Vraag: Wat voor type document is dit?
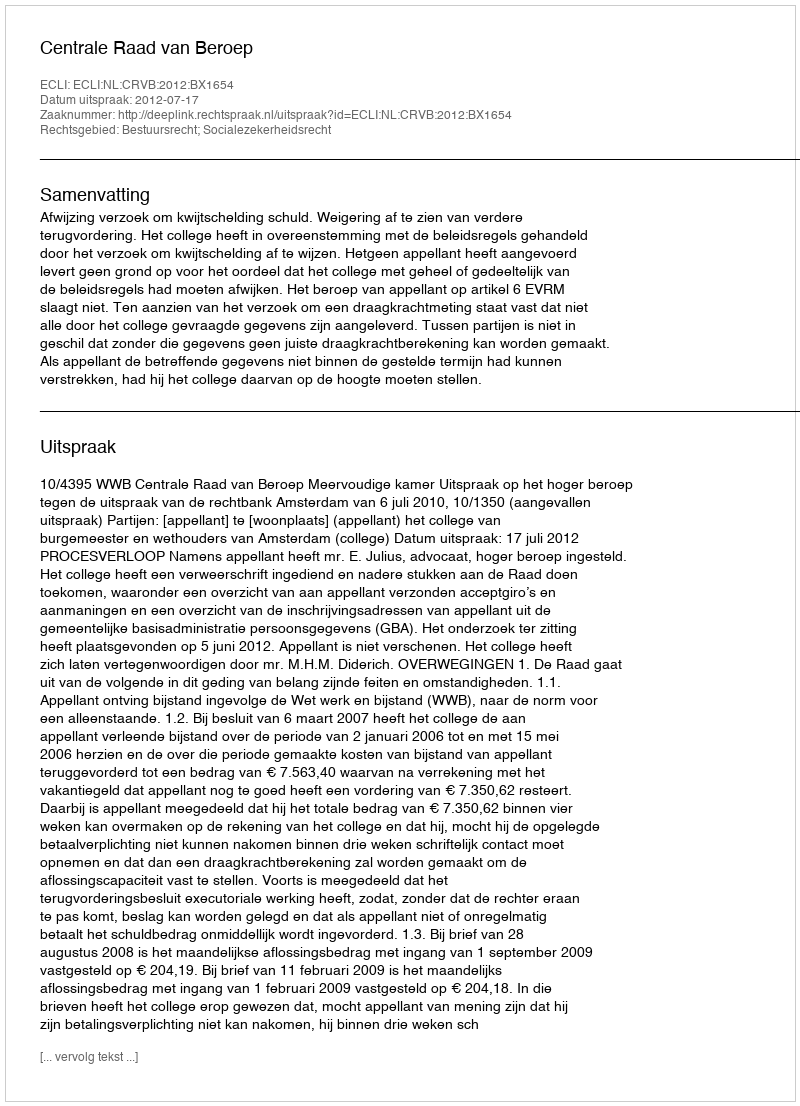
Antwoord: Uitspraak